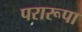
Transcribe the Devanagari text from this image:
परारूपा